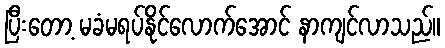
ပြီးတော့ မခံမရပ်နိုင်လောက်အောင် နာကျင်လာသည်။